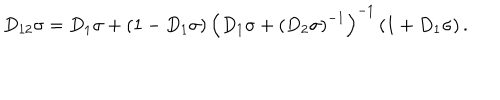
D _ { 1 2 } \sigma = D _ { 1 } \sigma + \left( 1 - D _ { 1 } \sigma \right) \left( D _ { 1 } \sigma + \left( D _ { 2 } \sigma \right) ^ { - 1 } \right) ^ { - 1 } \left( 1 + D _ { 1 } \sigma \right) .